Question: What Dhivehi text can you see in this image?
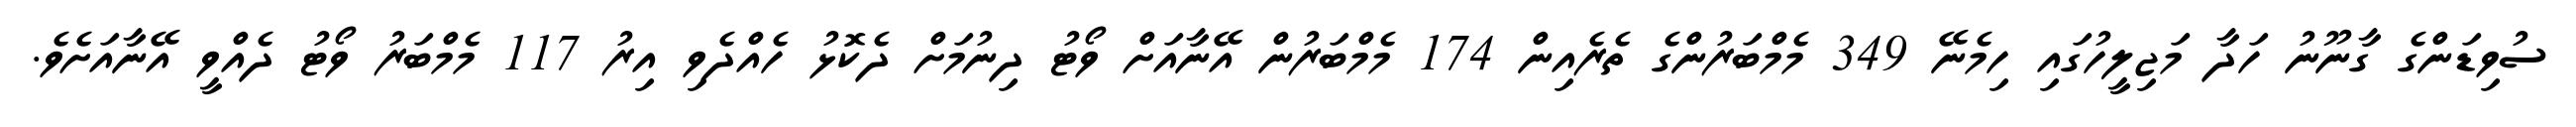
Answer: ސުވިޑަންގެ ގާނޫނު ހަދާ މަޖިލީހުގައި ހިމެނޭ 349 މެމްބަރުންގެ ތެރެއިން 174 މެމްބަރުން އޭނާއަށް ވޯޓު ދިނުމަށް ދެކޮޅު ހެއްދެވި އިރު 117 މެމްބަރު ވޯޓު ދެއްވީ އޭނާއަށެވެ.